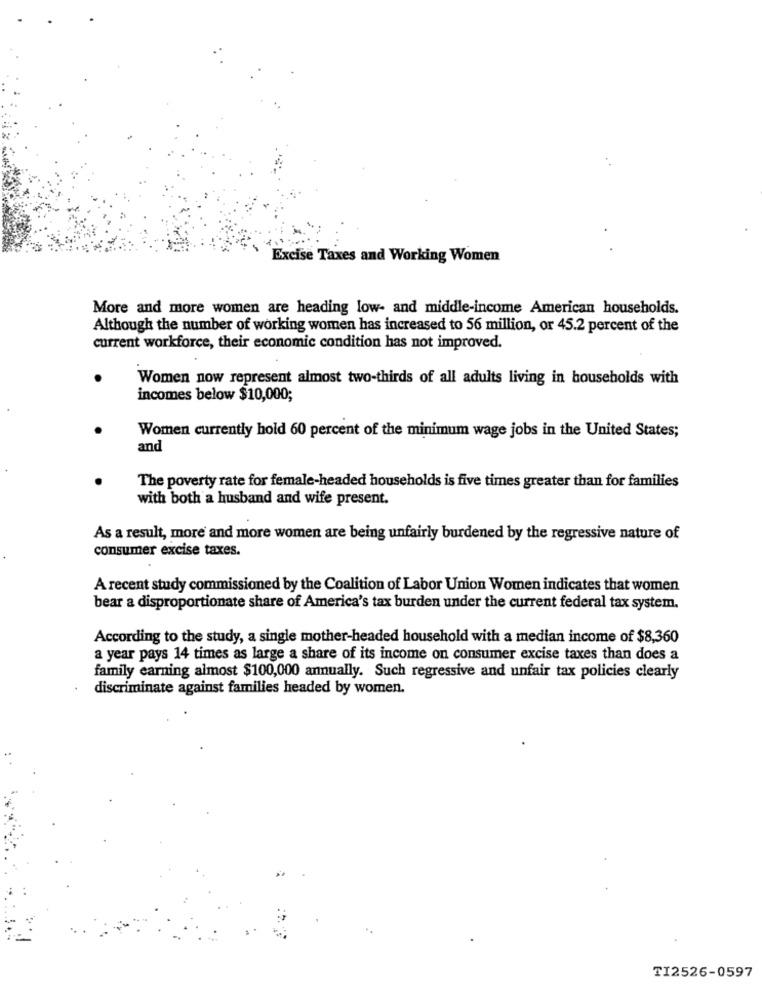
Excise Taxes and Working Women
More and more women are heading low- and middle-income American households.
Although the number of working women has increased to 56 million, or 45.2 percent of the
current workforce, their economic condition has not improved.
Women now represent almost two-thirds of all adults living in households with
incomes below $10,000;
Women currently hold 60 percent of the minimum wage jobs in the United States;
and
The poverty rate for female-headed households is five times greater than for families
with both a husband and wife present.
As a result, more and more women are being unfairly burdened by the regressive nature of
consumer excise taxes.
A recent study commissioned by the Coalition of Labor Union Women indicates that women
bear a disproportionate share of America's tax burden under the current federal tax system.
According to the study, a single mother-headed household with a median income of $8,360
a year pays 14 times as large a share of its income on consumer excise taxes than does a
family earning almost $100,000 annually. Such regressive and unfair tax policies clearly
discriminate against families headed by women.
TI2526-0597